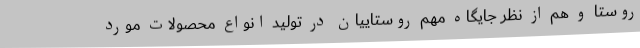
روستا و هم از نظر جایگاه مهم روستاییان در تولید انواع محصولات مورد